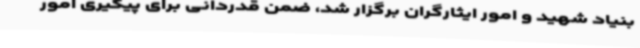
بنیاد شهید و امور ایثارگران برگزار شد، ضمن قدردانی برای پیگیری امور